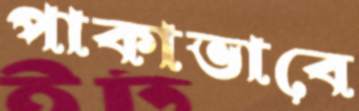
পাকাভাবে